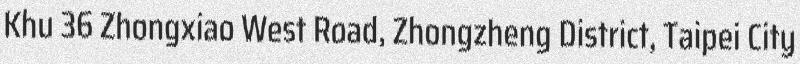
Khu 36 Zhongxiao West Road, Zhongzheng District, Taipei City